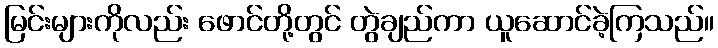
မြင်းများကိုလည်း ဖောင်တို့တွင် တွဲချည်ကာ ယူဆောင်ခဲ့ကြသည်။